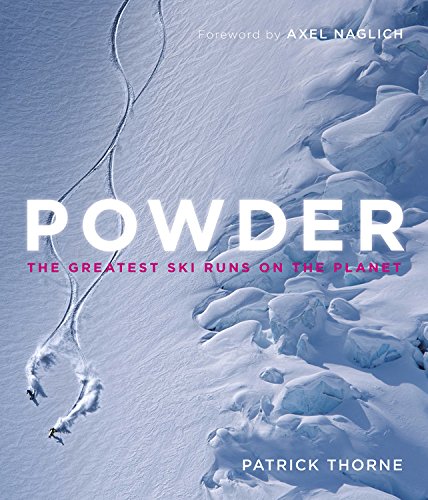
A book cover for Powder: The Greatest Ski Runs on the Planet; Patrick Thorne; Sports & Outdoors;